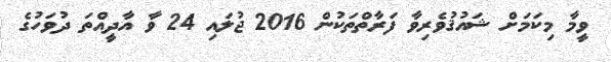
ވީމާ މިކަމަށް ޝައުޤުވެރިވާ ފަރާތްތަކުން 2016 ޖުލައި 24 ވާ އާދީއްތަ ދުވަހުގެ